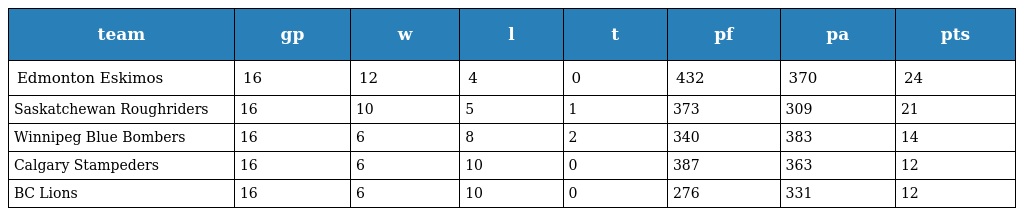
| team | gp | w | l | t | pf | pa | pts |
 | --- | --- | --- | --- | --- | --- | --- | --- |
 | Edmonton Eskimos | 16 | 12 | 4 | 0 | 432 | 370 | 24 |
 | Saskatchewan Roughriders | 16 | 10 | 5 | 1 | 373 | 309 | 21 |
 | Winnipeg Blue Bombers | 16 | 6 | 8 | 2 | 340 | 383 | 14 |
 | Calgary Stampeders | 16 | 6 | 10 | 0 | 387 | 363 | 12 |
 | BC Lions | 16 | 6 | 10 | 0 | 276 | 331 | 12 |